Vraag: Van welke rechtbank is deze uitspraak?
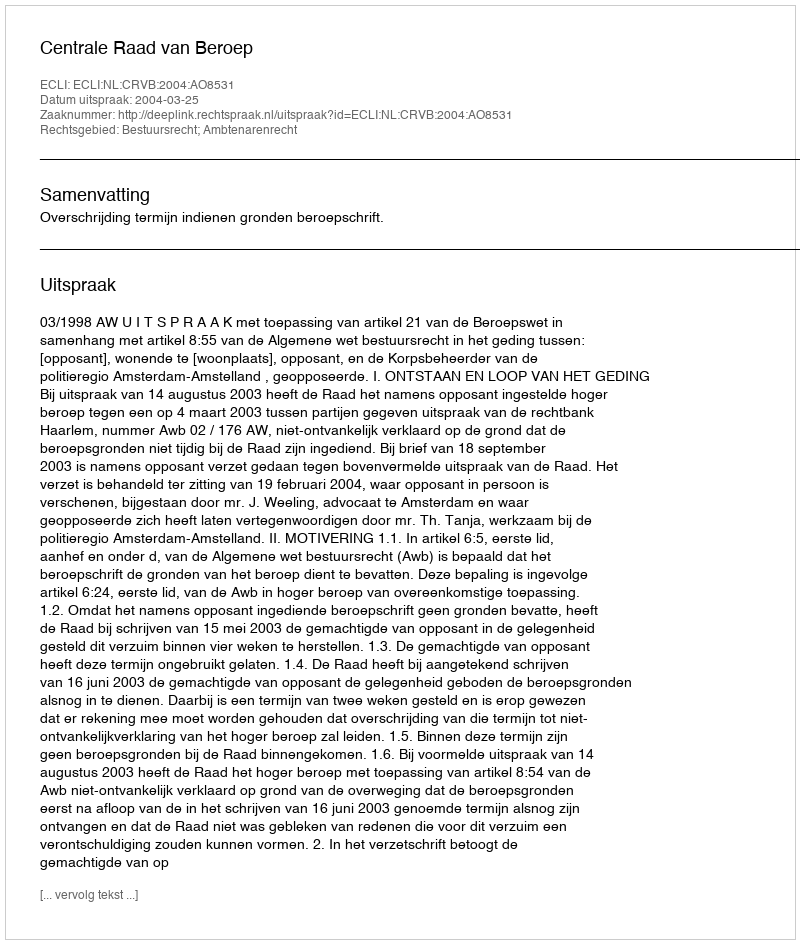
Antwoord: Centrale Raad van Beroep